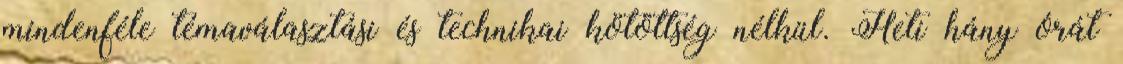
mindenféle témaválasztási és technikai kötöttség nélkül. Heti hány órát